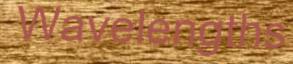
Wavelengths